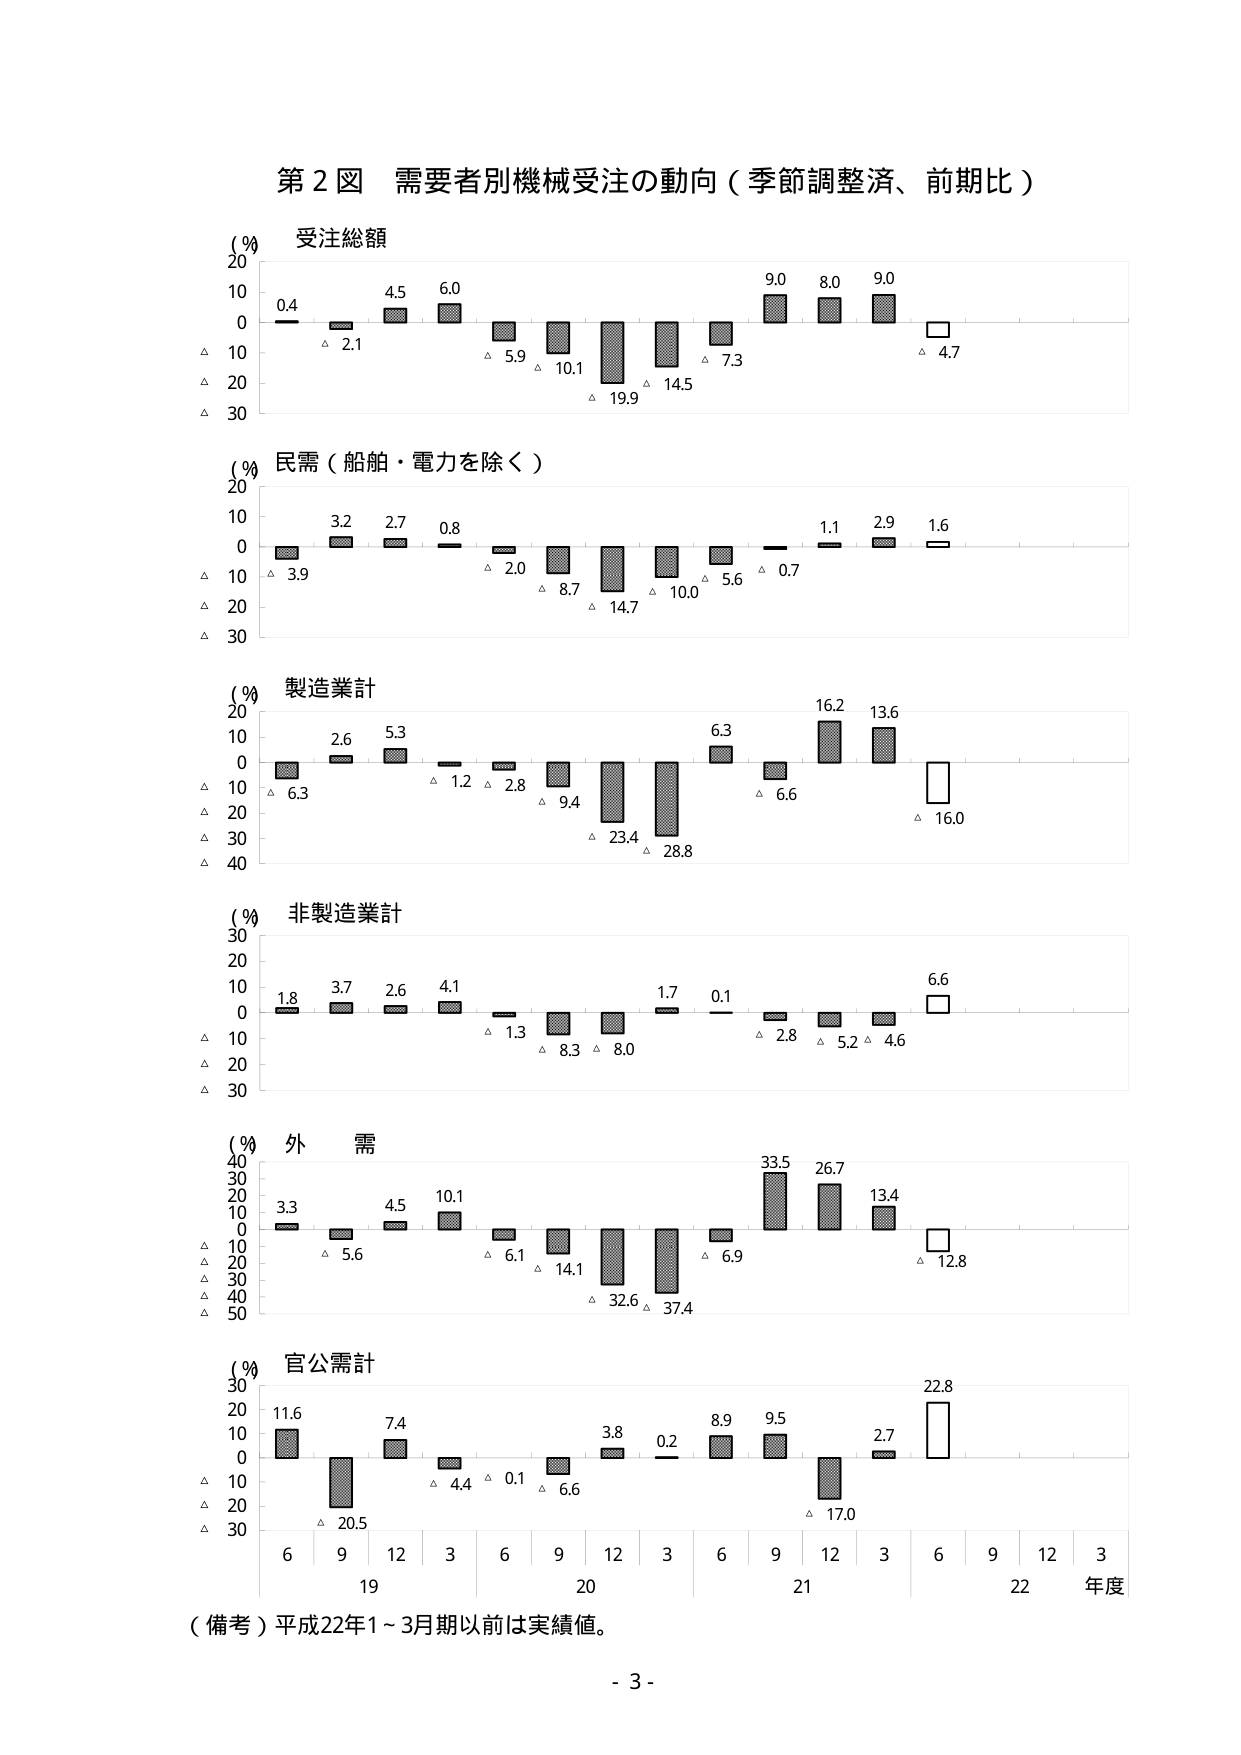
第２図 需要者別機械受注の動向（季節調整済、前期比）

（％）受注総額
20
10
0
△ 10
△ 20
△ 30
0.4
2.1
4.5
6.0
△ 5.9
△ 10.1
△ 19.9
△ 14.5
△ 7.3
9.0
8.0
9.0
△ 4.7

（％）民需（船舶・電力を除く）
20
10
0
△ 10
△ 20
△ 30
3.2
2.7
0.8
△ 2.0
△ 8.7
△ 14.7
△ 10.0
△ 5.6
△ 0.7
1.1
2.9
1.6

（％）製造業計
20
10
0
△ 10
△ 20
△ 30
△ 40
2.6
5.3
△ 1.2
△ 2.8
△ 9.4
△ 23.4
△ 28.8
6.3
△ 6.6
16.2
13.6
△ 16.0

（％）非製造業計
30
20
10
0
△ 10
△ 20
△ 30
1.8
3.7
2.6
4.1
△ 1.3
△ 8.3
△ 8.0
1.7
0.1
△ 2.8
△ 5.2
△ 4.6
6.6

（％）外 需
40
30
20
10
0
△ 10
△ 20
△ 30
△ 40
△ 50
3.3
△ 5.6
4.5
10.1
△ 6.1
△ 14.1
△ 32.6
△ 37.4
△ 6.9
33.5
26.7
13.4
△ 12.8

（％）官公需計
30
20
10
0
△ 10
△ 20
△ 30
11.6
△ 20.5
7.4
△ 4.4
△ 0.1
△ 6.6
3.8
0.2
8.9
9.5
△ 17.0
2.7
22.8

6 9 12 3 6 9 12 3 6 9 12 3 6 9 12 3
19 20 21 22 年度

（備考）平成22年1～3月期以前は実績値。

- 3 -